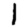
Digit: 1